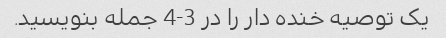
یک توصیه خنده دار را در 3-4 جمله بنویسید.